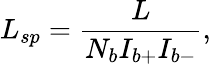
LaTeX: L_{sp}=\frac{L}{N_{b}I_{b+}I_{b-}},